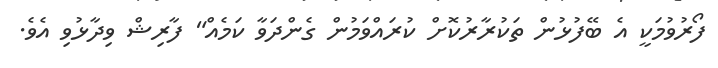
ފޯރުވުމަކީ އެ ބޭފުޅުން ތަކުރާރުކޮށް ކުރައްވަމުން ގެންދަވާ ކަމެއް" ފާރިޝް ވިދާޅުވި އެވެ.